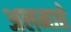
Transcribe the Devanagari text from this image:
अलमाते